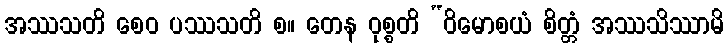
အဿသတိ စေဝ ပဿသတိ စ။ တေန ဝုစ္စတိ “ဝိမောစယံ စိတ္တံ အဿသိဿာမိ